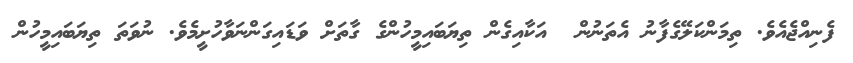
ފެނިއްޖެއެވެ. ތިމަންކަލޭގެފާނު އެތަނުން  އަކާއިގެން ތިޔަބައިމީހުންގެ ގާތަށް ވަޑައިގަންނަވާހުށީމެވެ. ނުވަތަ ތިޔަބައިމީހުން